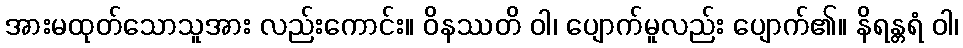
အားမထုတ်သောသူအား လည်းကောင်း။ ဝိနဿတိ ဝါ၊ ပျောက်မူလည်း ပျောက်၏။ နိရန္တရံ ဝါ၊